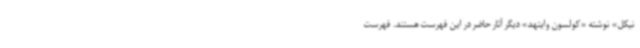
نیکل» نوشته «کولسون وایتهد» دیگر آثار حاضر در این فهرست هستند. فهرست